Indian journal of veterinary science and animal husbandry - Volumes 24-25, 1954-1955
Year: 1954
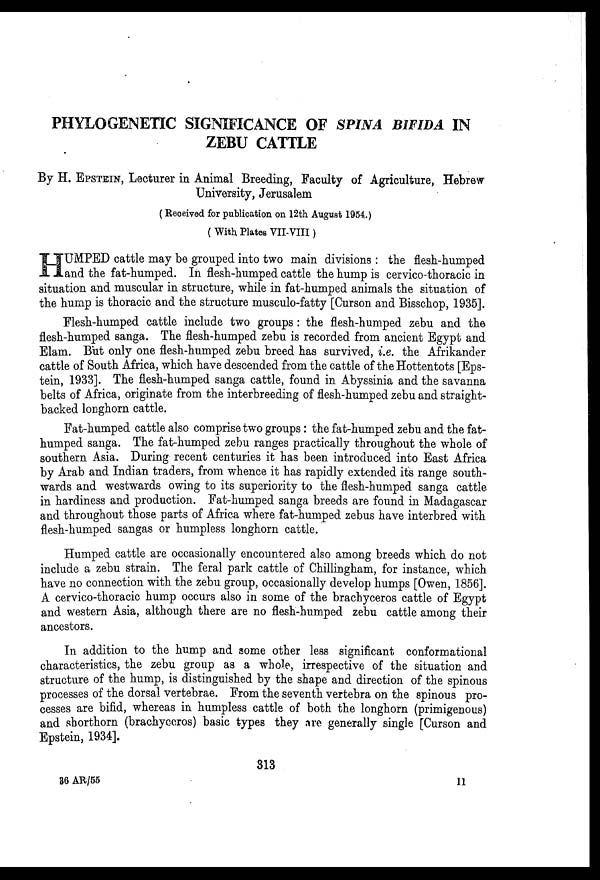
PHYLOGENETIC SIGNIFICANCE OF SPINA BIFIDA IN
ZEBU CATTLE
By H. EPSTEIN, Lecturer in Animal Breeding, Faculty of Agriculture, Hebrew
University, Jerusalem
( Received for publication on 12th August 1954.)
( With Plates VII-VIII )
H UMPED cattle may be grouped into two main divisions : the flesh-humped
and the fat-humped. In flesh-humped cattle the hump is cervico-thoracic in
situation and muscular in structure, while in fat-humped animals the situation of
the hump is thoracic and the structure musculo-fatty [Curson and Bisschop, 1935].
Flesh-humped cattle include two groups : the flesh-humped zebu and the
flesh-humped sanga. The flesh-humped zebu is recorded from ancient Egypt and
Elam. But only one flesh-humped zebu breed has survived, i.e. the Afrikander
cattle of South Africa, which have descended from the cattle of the Hottentots [Eps-
tein, 1933]. The flesh-humped sanga cattle, found in Abyssinia and the savanna
belts of Africa, originate from the interbreeding of flesh-humped zebu and straight-
backed longhorn cattle.
Fat-humped cattle also comprise two groups : the fat-humped zebu and the fat-
humped sanga. The fat-humped zebu ranges practically throughout the whole of
southern Asia. During recent centuries it has been introduced into East Africa
by Arab and Indian traders, from whence it has rapidly extended its range south-
wards and westwards owing to its superiority to the flesh-humped sanga cattle
in hardiness and production. Fat-humped sanga breeds are found in Madagascar
and throughout those parts of Africa where fat-humped zebus have interbred with
flesh-humped sangas or humpless longhorn cattle.
Humped cattle are occasionally encountered also among breeds which do not
include a zebu strain. The feral park cattle of Chillingham, for instance, which
have no connection with the zebu group, occasionally develop humps [Owen, 1856].
A cervico-thoracic hump occurs also in some of the brachyceros cattle of Egypt
and western Asia, although there are no flesh-humped zebu cattle among their
ancestors.
In addition to the hump and some other less significant conformational
characteristics, the zebu group as a whole, irrespective of the situation and
structure of the hump, is distinguished by the shape and direction of the spinous
processes of the dorsal vertebrae. From the seventh vertebra on the spinous pro-
cesses are bifid, whereas in humpless cattle of both the longhorn (primigenous)
and shorthorn (brachyceros) basic types they are generally single [Curson and
Epstein, 1934].
313
36 AR/55
11